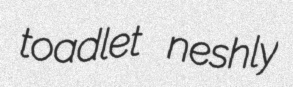
toadlet neshly